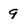
Character: 9